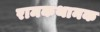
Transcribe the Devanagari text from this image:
रामकथानक